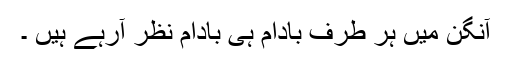
آنگن میں ہر طرف بادام ہی بادام نظر آرہے ہیں ۔